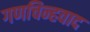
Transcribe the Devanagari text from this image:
गणचिन्हवाद